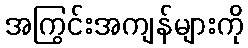
အကြွင်းအကျန်များကို